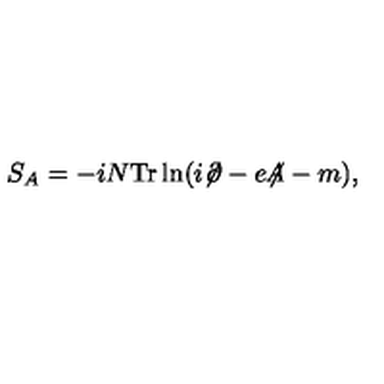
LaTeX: S _ { A } = - i N \mathrm { T r } \ln ( i { \not \! \partial } - e { \not \! \! A } - m ) ,